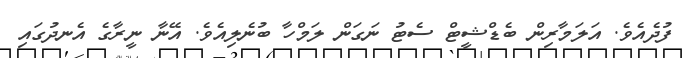
ފުދެއެވެ. އަލަމާރިން ބެޑްޝީޓް ސެޓު ނަގަން ލަމްހާ ބުނެލިއެވެ. އޭނާ ނީރާގެ އެނދުގައި